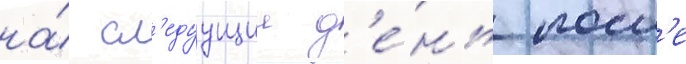
на́ сл'едуущии д'е́нь посл'е